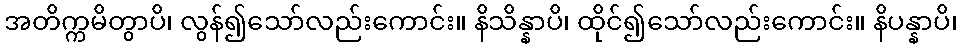
အတိက္ကမိတွာပိ၊ လွန်၍သော်လည်းကောင်း။ နိသိန္နာပိ၊ ထိုင်၍သော်လည်းကောင်း။ နိပန္နာပိ၊